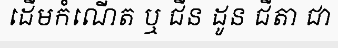
ដើមកំណើត ឬ ជីន ដូន ជីតា ជា